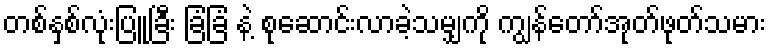
တစ်နှစ်လုံးပြူခြီး ခြံခြံ နဲ့ စုဆောင်းလာခဲ့သမျှကို ကျွန်တော်အုတ်ဖုတ်သမား